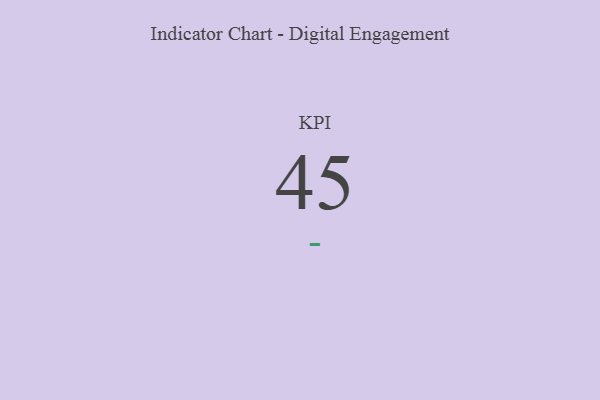
{"axis": {"x": "KPI", "y": "Value"}, "legend": [""], "data": [{"x": "KPI", "y": 45, "type": ""}]}